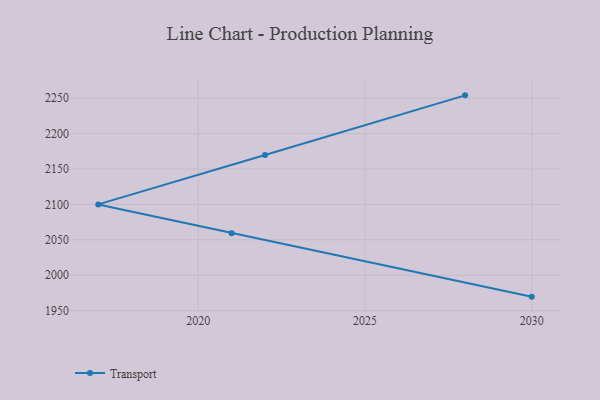
{"axis": {"x": "Year", "y": "Backlog"}, "legend": ["Transport"], "data": [{"x": "2030", "y": 1969.8, "type": "Transport"}, {"x": "2021", "y": 2059.4, "type": "Transport"}, {"x": "2017", "y": 2100.0, "type": "Transport"}, {"x": "2022", "y": 2169.8, "type": "Transport"}, {"x": "2028", "y": 2253.9, "type": "Transport"}]}